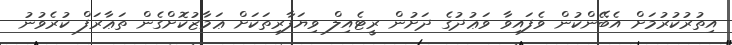
އިތުރުކުރުމަށް އެބޭންކުން ވެފައިވާ ވަޢުދުގެ ދަށުން ރީޓެއިލް ވިޔަފާރިތަކަށް ޢަމާޒުކޮށްގެން ތަޢާރަފް ކުރެވުނު